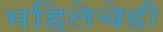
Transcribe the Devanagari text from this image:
महिलेचेही